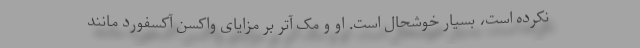
نکرده است، بسیار خوشحال است. او و مک آتر بر مزایای واکسن آکسفورد مانند